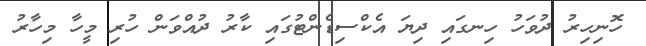
ހޮނިހިރު ދުވަހު ހިނގައި ދިޔަ އެކްސިޑެންޓުގައި ކާރު ދުއްވަން ހުރި މީހާ މިހާރު